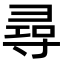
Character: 尋